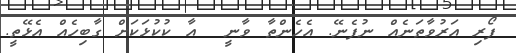
ފޯރި އަރުވާތަނެއް ނުފެނޭ. އެހެންތާ ވާނީ  އާ ކުކުޅަކަށް ގާބިހެއް އެޅޭތީ.